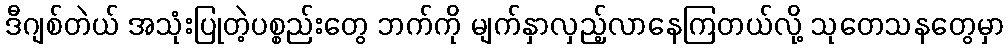
ဒီဂျစ်တဲယ် အသုံးပြုတဲ့ပစ္စည်းတွေ ဘက်ကို မျက်နှာလှည့်လာနေကြတယ်လို့ သုတေသနတွေမှာ